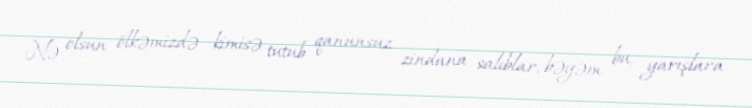
Nə olsun ölkəmizdə kimisə tutub qanunsuz zindana salıblar, bəyəm bu, yarışlara